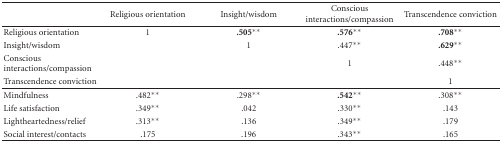
<table><thead><tr><td></td><td><b>Religious orientation</b></td><td><b>Insight/wisdom</b></td><td><b>Conscious interactions/compassion</b></td><td><b>Transcendence conviction</b></td></tr></thead><tbody><tr><td>Religious orientation</td><td>1</td><td><b>.505</b><sup>∗∗</sup></td><td><b>.576</b><sup>∗∗</sup></td><td><b>.708</b><sup>∗∗</sup></td></tr><tr><td>Insight/wisdom</td><td></td><td>1</td><td>.447<sup>∗∗</sup></td><td><b>.629</b><sup>∗∗</sup></td></tr><tr><td>Conscious interactions/compassion</td><td></td><td></td><td>1</td><td>.448<sup>∗∗</sup></td></tr><tr><td>Transcendence conviction</td><td></td><td></td><td></td><td>1</td></tr><tr><td>Mindfulness</td><td>.482<sup>∗∗</sup></td><td>.298<sup>∗∗</sup></td><td><b>.542</b><sup>∗∗</sup></td><td>.308<sup>∗∗</sup></td></tr><tr><td>Life satisfaction</td><td>.349<sup>∗∗</sup></td><td>.042</td><td>.330<sup>∗∗</sup></td><td>.143</td></tr><tr><td>Lightheartedness/relief</td><td>.313<sup>∗∗</sup></td><td>.136</td><td>.349<sup>∗∗</sup></td><td>.179</td></tr><tr><td>Social interest/contacts</td><td>.175</td><td>.196</td><td>.343<sup>∗∗</sup></td><td>.165</td></tr></tbody></table>